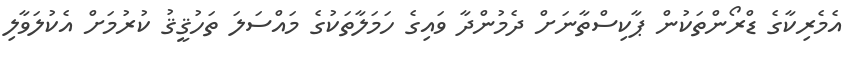
އެމެރިކާގެ ޑްރޯންތަކުން ޕާކިސްތާނަށް ދެމުންދާ ވައިގެ ހަމަލާތަކުގެ މައްސަލަ ތަހުޤީޤު ކުރުމަށް އެކުލަވާލި